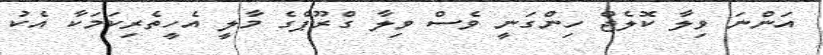
އަންނަ ވިލާ ކޮލެޖް ހިންގަނީ ވެސް ވިލާ ގްރޫޕްގެ މާލީ އެހީތެރިކަމަކާ އެކު